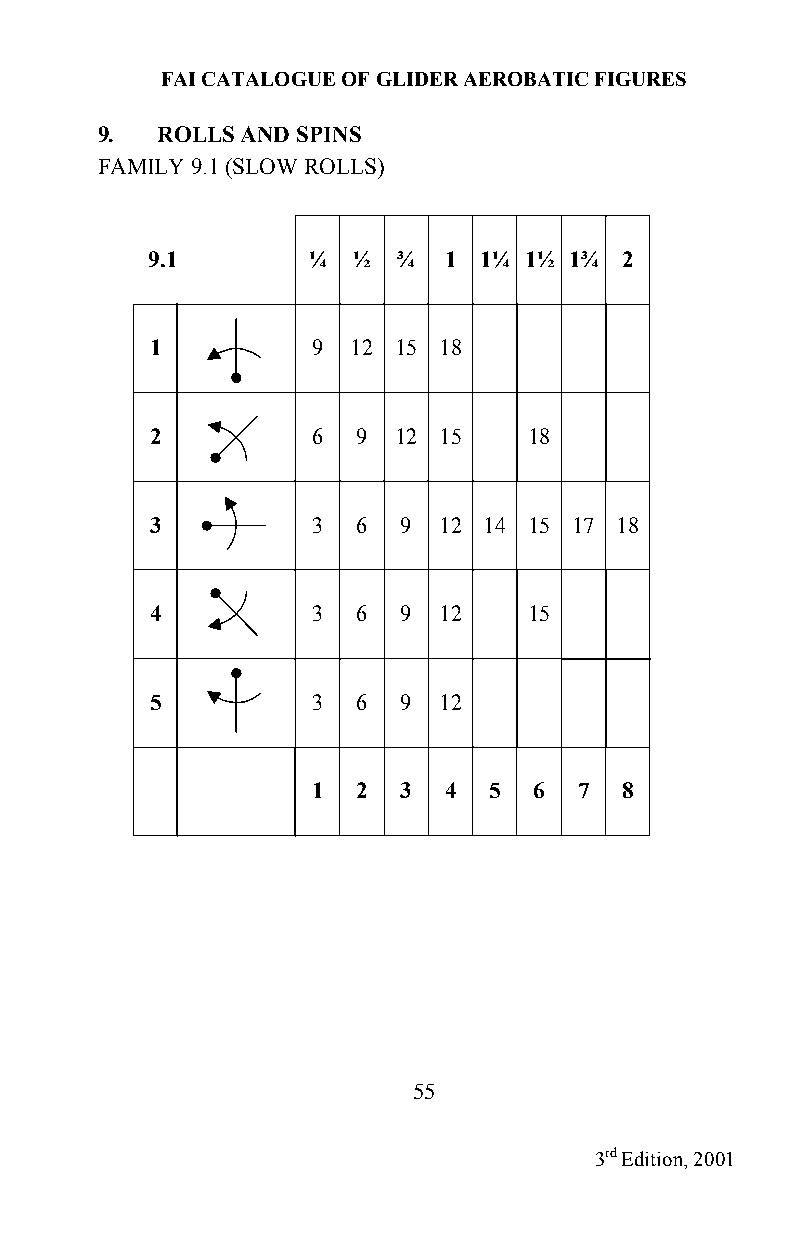
FAI CATALOGUE OF GLIDER AEROBATIC FIGURES
 9.  ROLLS AND SPINS
 FAMILY 9.1 (SLOW ROLLS)
 9.1       ¼  ½  ¾  1  1¼ 1½ 1¾ 2
 1          9 12 15 18
 2          6  9 12 15    18
 3          3  6 9  12 14 15 17 18
 4          3  6 9  12    15
 5          3  6 9  12
 1  2 3  4  5  6  7  8
 55
 3rd Edition, 2001